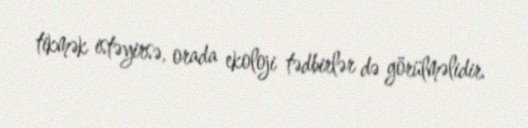
tikmək istəyirsə, orada ekoloji tədbirlər də görülməlidir.